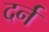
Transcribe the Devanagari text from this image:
दर्न